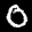
Label: 0